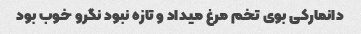
دانمارکی بوی تخم مرغ میداد و تازه نبود نگرو خوب بود